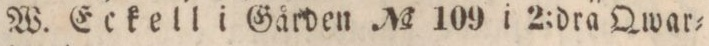
W. Eckell i Gården No 109 i 2:dra Qwar=